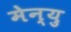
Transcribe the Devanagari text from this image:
मेन्‍यु